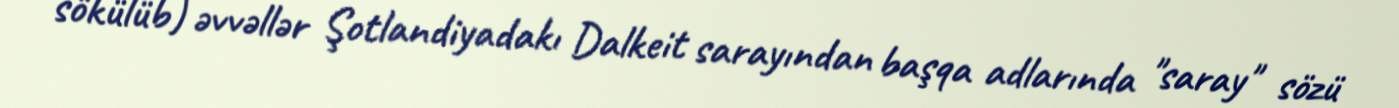
sökülüb) əvvəllər Şotlandiyadakı Dalkeit sarayından başqa adlarında "saray" sözü